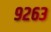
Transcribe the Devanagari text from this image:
९२६३